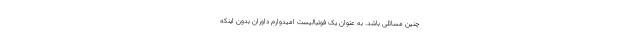
چنین مسائلی باشد. به عنوان یک فوتبالیست امیدوارم داوران بدون اینکه